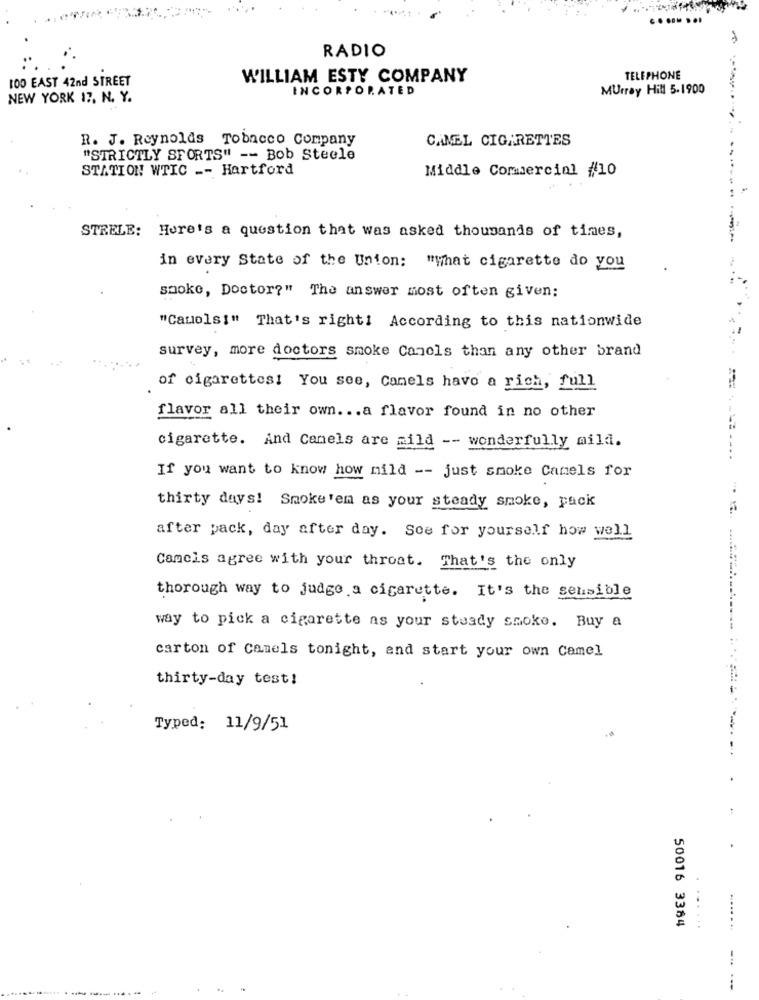
RADIO
100 EAST 42nd STREET
WILLIAM ESTY COMPANY
TELEPHONE
INCORPORATED
Murray Hill 5.1900
NEW YORK 17, N. Y.
R. J. Reynolds Tobacco Company
CANEL CIGARETTES
"STRICTLY SFORTS" -- Bob Steele
STATION WTIC -- Hartford
Middle Commercial #10
STRELE: Here's a question that was asked thousands of times,
in every State of the Union: "What cigarette do you
smoke, Doctor?" The answer most often given:
"Cauols!" That's right! According to this nationwide
survey, more doctors smoke Camels than any other brand
of cigarettes! You see, Camels have a rich, full
flavor all their own ... a flavor found in no other
cigarette. And Camels are mild -- wonderfully mild.
If you want to know how mild -- just smoke Camels for
thirty days! Smoke'em as your steady smoke, pack
after pack, day after day. See for yourself how well
Camels agree with your throat. That's the only
thorough way to judge a cigarette. It's the sensible
way to pick a cigarette as your steady smoke. Buy a
carton of camels tonight, and start your own Camel
thirty-day test!
Typed: 11/9/51
-.
50016 3384
...
--.